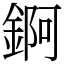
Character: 錒